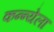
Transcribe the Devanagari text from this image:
कन्न्येला